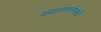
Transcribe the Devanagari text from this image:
कालगणनेसाठी